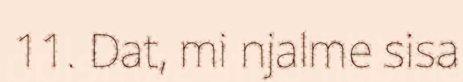
11. Dat, mi njalme sisa